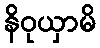
နိဝုယှာမိ